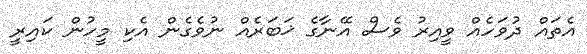
އެތައް ދުވަހެއް ވީއިރު ވެސް އޭނާގެ ޚަބަރެއް ނުވެގެން އެކި މީހުން ކައިރީ